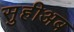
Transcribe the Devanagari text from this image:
सुहीअब